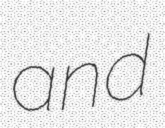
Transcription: and